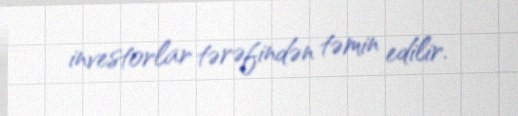
investorlar tərəfindən təmin edilir.